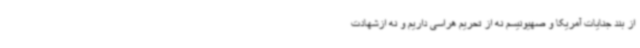
از بند جنایات آمریکا و صهیونیسم نه از تحریم هراسی داریم و نه ازشهادت